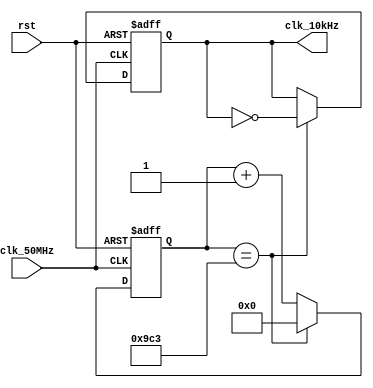
`timescale 1ns / 1ps
//////////////////////////////////////////////////////////////////////////////////
// Company: 
// Engineer: 
// 
// Design Name: 
// Module Name:    tenHz_clkgen 
// Project Name: 
// Target Devices: 
// Tool versions: 
// Description: 
//
// Dependencies: 
//
// Revision: 
// Revision 0.01 - File Created
// Additional Comments: 
//
//////////////////////////////////////////////////////////////////////////////////
module tenkHz_clkgen(
input clk_50MHz,
input rst,
output clk_10kHz
);
	 
	 reg [12:0] ctr_reg=0; // 2_500 requires 13-bita
	 reg clk_out_reg=0;
	 
	 always @(posedge clk_50MHz or posedge rst)
		if(rst)begin
			ctr_reg <= 0;
			clk_out_reg <= 0;
		end
		else
			if(ctr_reg == 2_499) begin // 50Mhz / 10kHz / 2 = 2_500
				ctr_reg <= 0;
				clk_out_reg <= ~clk_out_reg;				
			end
			else
				ctr_reg <= ctr_reg+1;
					
		assign clk_10kHz = clk_out_reg;

endmodule